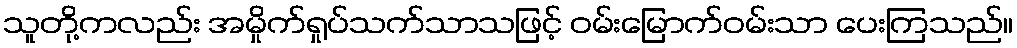
သူတို့ကလည်း အမှိုက်ရှုပ်သက်သာသဖြင့် ဝမ်းမြောက်ဝမ်းသာ ပေးကြသည်။